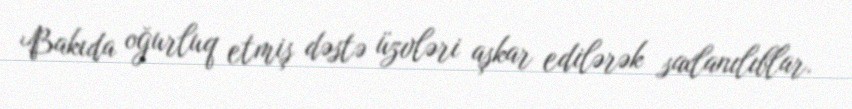
Bakıda oğurluq etmiş dəstə üzvləri aşkar edilərək saxlanılıblar.